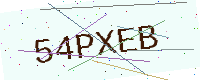
Text: 54PXEB